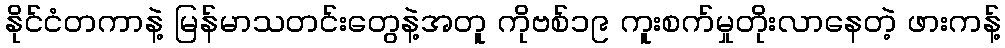
နိုင်ငံတကာနဲ့ မြန်မာသတင်းတွေနဲ့အတူ ကိုဗစ်၁၉ ကူးစက်မှုတိုးလာနေတဲ့ ဖားကန့်